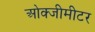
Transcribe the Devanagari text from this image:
ओक्जीमीटर